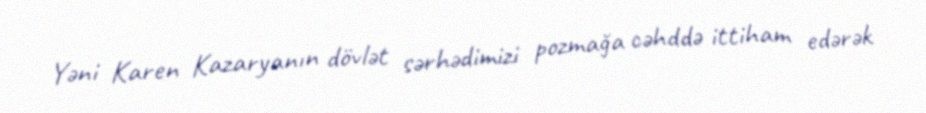
Yəni Karen Kazaryanın dövlət sərhədimizi pozmağa cəhddə ittiham edərək